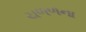
ચળળના